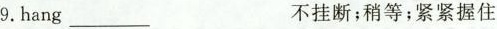
9.hang ___ 不挂断；稍等；紧紧握住